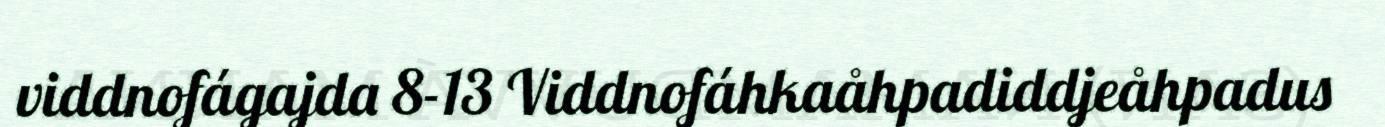
viddnofágajda 8-13 Viddnofáhkaåhpadiddjeåhpadus